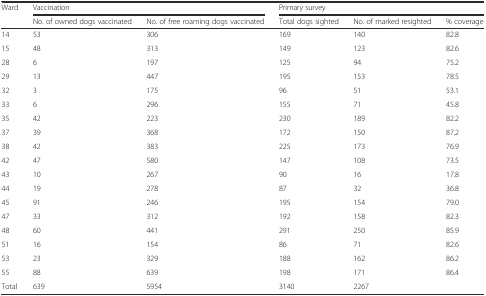
<table><thead><tr><td rowspan="2"><b>Ward</b></td><td colspan="2"><b>Vaccination</b></td><td colspan="3"><b>Primary survey</b></td></tr><tr><td><b>No. of owned dogs vaccinated</b></td><td><b>No. of free roaming dogs vaccinated</b></td><td><b>Total dogs sighted</b></td><td><b>No. of marked resighted</b></td><td><b>% coverage</b></td></tr></thead><tbody><tr><td>14</td><td>53</td><td>306</td><td>169</td><td>140</td><td>82.8</td></tr><tr><td>15</td><td>48</td><td>313</td><td>149</td><td>123</td><td>82.6</td></tr><tr><td>28</td><td>6</td><td>197</td><td>125</td><td>94</td><td>75.2</td></tr><tr><td>29</td><td>13</td><td>447</td><td>195</td><td>153</td><td>78.5</td></tr><tr><td>32</td><td>3</td><td>175</td><td>96</td><td>51</td><td>53.1</td></tr><tr><td>33</td><td>6</td><td>296</td><td>155</td><td>71</td><td>45.8</td></tr><tr><td>35</td><td>42</td><td>223</td><td>230</td><td>189</td><td>82.2</td></tr><tr><td>37</td><td>39</td><td>368</td><td>172</td><td>150</td><td>87.2</td></tr><tr><td>38</td><td>42</td><td>383</td><td>225</td><td>173</td><td>76.9</td></tr><tr><td>42</td><td>47</td><td>580</td><td>147</td><td>108</td><td>73.5</td></tr><tr><td>43</td><td>10</td><td>267</td><td>90</td><td>16</td><td>17.8</td></tr><tr><td>44</td><td>19</td><td>278</td><td>87</td><td>32</td><td>36.8</td></tr><tr><td>45</td><td>91</td><td>246</td><td>195</td><td>154</td><td>79.0</td></tr><tr><td>47</td><td>33</td><td>312</td><td>192</td><td>158</td><td>82.3</td></tr><tr><td>48</td><td>60</td><td>441</td><td>291</td><td>250</td><td>85.9</td></tr><tr><td>51</td><td>16</td><td>154</td><td>86</td><td>71</td><td>82.6</td></tr><tr><td>53</td><td>23</td><td>329</td><td>188</td><td>162</td><td>86.2</td></tr><tr><td>55</td><td>88</td><td>639</td><td>198</td><td>171</td><td>86.4</td></tr><tr><td>Total</td><td>639</td><td>5954</td><td>3140</td><td>2267</td><td></td></tr></tbody></table>